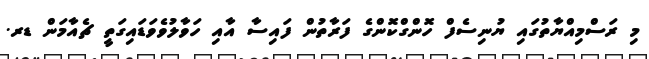
މި ރަސްމިއްޔާތުގައި ޔުނިސެފް ހޮންގްކޮންގެ ފަރާތުން ފައިސާ އާއި ހަވާލުވެވަޑައިގަތީ ޗެއާމަން ޑރ.